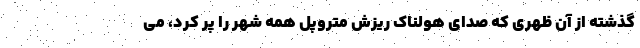
گذشته از آن ظهری که صدای هولناک ریزش متروپل همه شهر را پر کرد، می